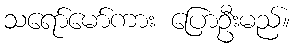
သရော်မော်ကား ပြောဦးမည်။